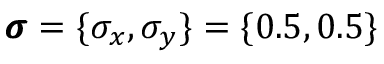
\pmb { \sigma } = \{ \sigma _ { x } , \sigma _ { y } \} = \{ 0 . 5 , 0 . 5 \}